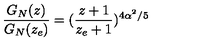
\frac { G _ { N } ( z ) } { G _ { N } ( z _ { e } ) } = ( \frac { z + 1 } { z _ { e } + 1 } ) ^ { 4 \alpha ^ { 2 } / 5 }